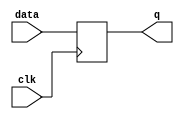
module dff_pos (
    data,clk,q
);
input data,clk;
output q;
reg q;
always @(posedge clk)
    q = data;
endmodule